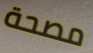
مصحة